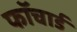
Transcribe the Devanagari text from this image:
फॉचार्ड